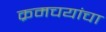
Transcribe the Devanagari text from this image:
क्रमचयांचा